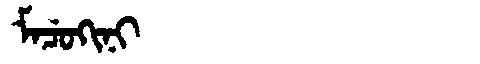
Manchu: ᠮᠠᠴᡠᡴᡳᠨᡳ
Romanization: MACUKINI